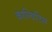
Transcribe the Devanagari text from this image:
काल्विटिस